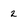
Character: z